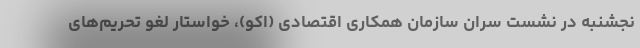
نجشنبه در نشست سران سازمان همکاری اقتصادی (اکو)، خواستار لغو تحریم‌های